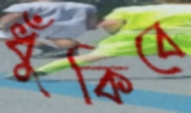
ধুঁকিবে